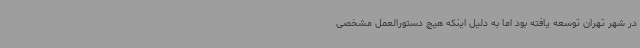
در شهر تهران توسعه یافته بود اما به دلیل اینکه هیچ دستورالعمل مشخصی